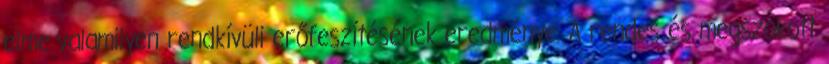
elme valamilyen rendkívüli erőfeszítésének eredménye. A rendes és megszokott